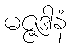
မဇ္ဇဒါနံ